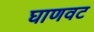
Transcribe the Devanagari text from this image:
घाणवट